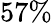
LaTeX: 57\%